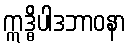
ဣဒ္ဓိပါဒဘာဝနာ